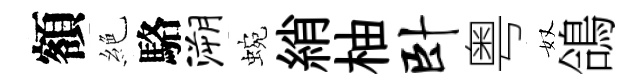
額絶駱溯蜿綃柚卧粤奴鴿